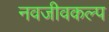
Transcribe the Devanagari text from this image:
नवजीवकल्प